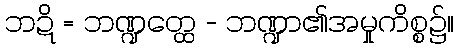
ဘဍိ = ဘဏ္ဍတ္ထေ - ဘဏ္ဍာ၏အမှုကိစ္စ၌။